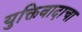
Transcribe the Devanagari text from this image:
युक्तिवादाचा